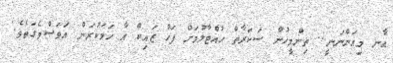
އާނ މިއަންނަނީ.. ތިންމީހުން ސަކަރާތް ހުއްޓާލުމަށް ފަހު ޒައިކް އާ ހަމަކުރަން އަވަސްވެގަތެވެ.